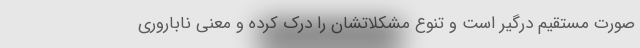
صورت مستقیم درگیر است و تنوع مشکلاتشان را درک کرده و معنی ناباروری